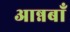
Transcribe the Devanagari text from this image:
आन्नबाँ